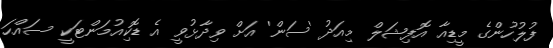
ފުލުހުންގެ މީޑިއާ އޮފިޝަލް މިއަދު 'ސަން' އަށް ވިދާޅުވީ އެ ޑޮކިއުމަންޓަކީ ސައްހަ